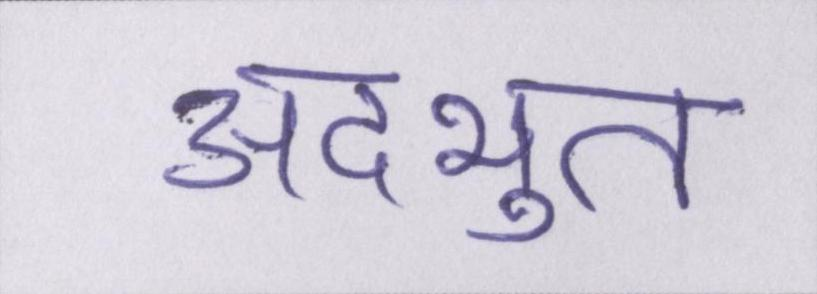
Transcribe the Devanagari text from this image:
अदभुत